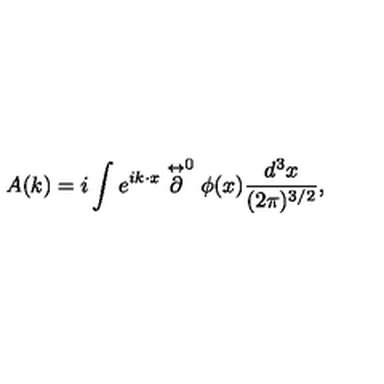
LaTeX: A ( k ) = i \int e ^ { i k \cdot x } \stackrel { \leftrightarrow } { \textstyle \partial } ^ { 0 } \phi ( x ) \frac { d ^ { 3 } x } { ( 2 \pi ) ^ { 3 / 2 } } ,